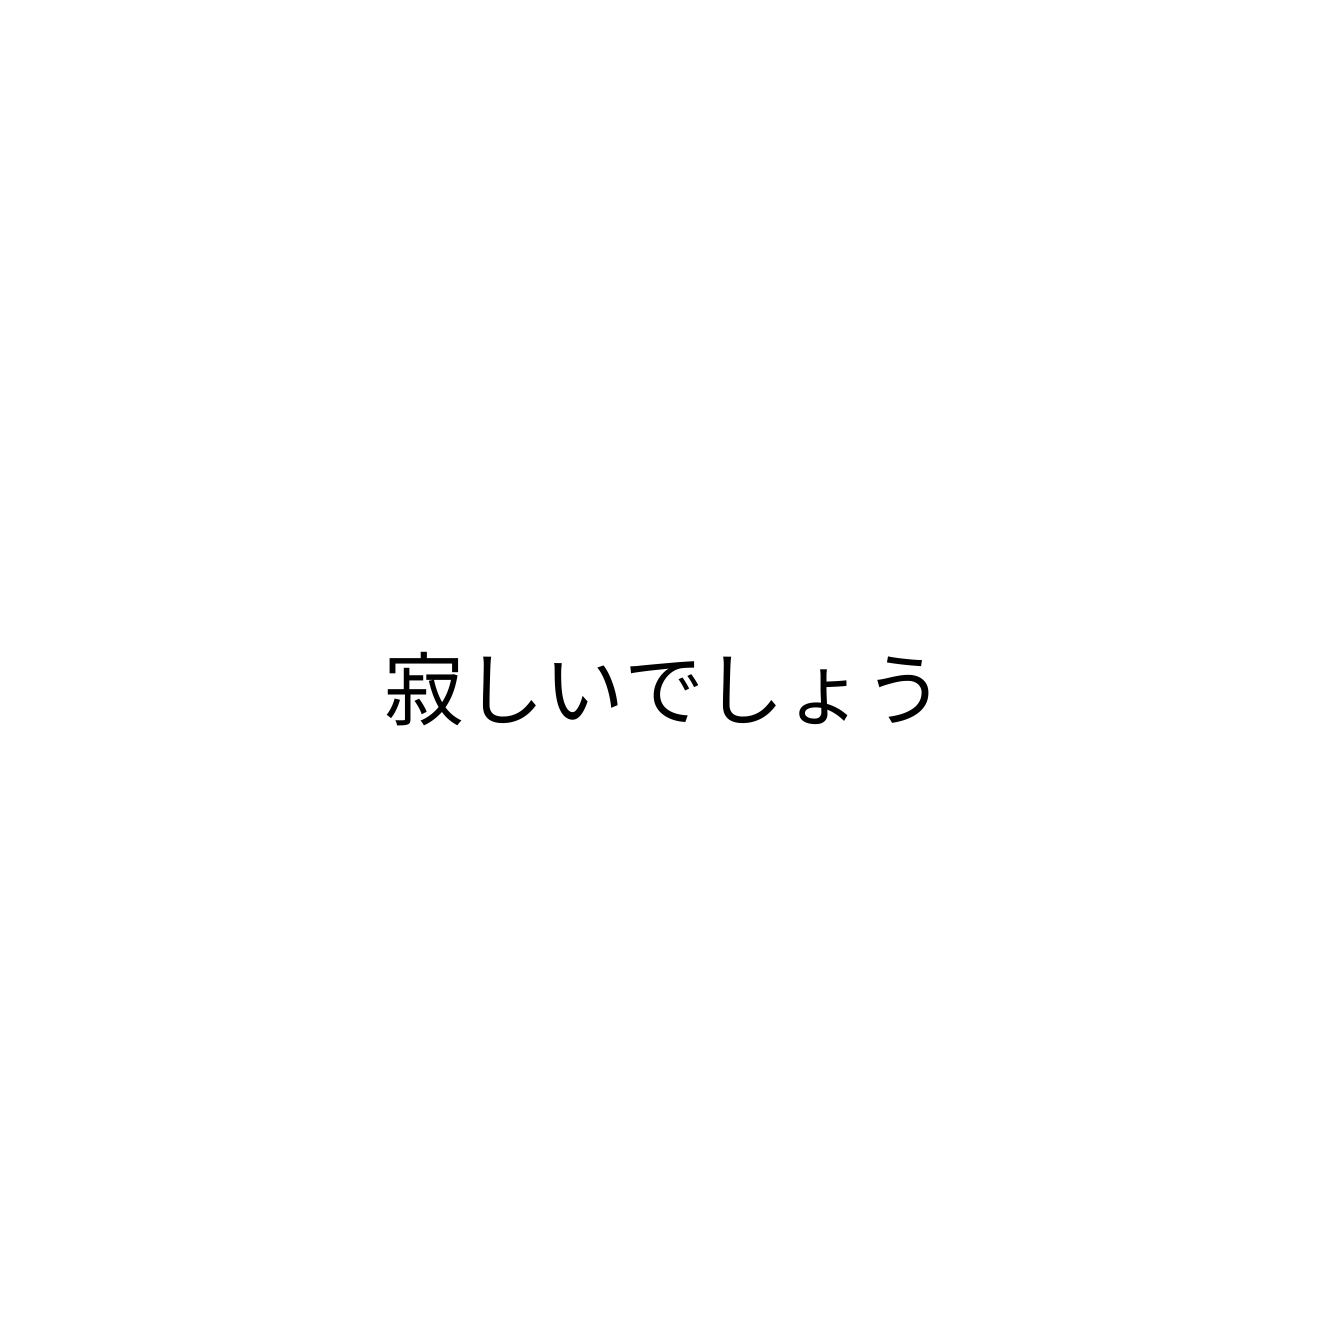
寂しいでしょう